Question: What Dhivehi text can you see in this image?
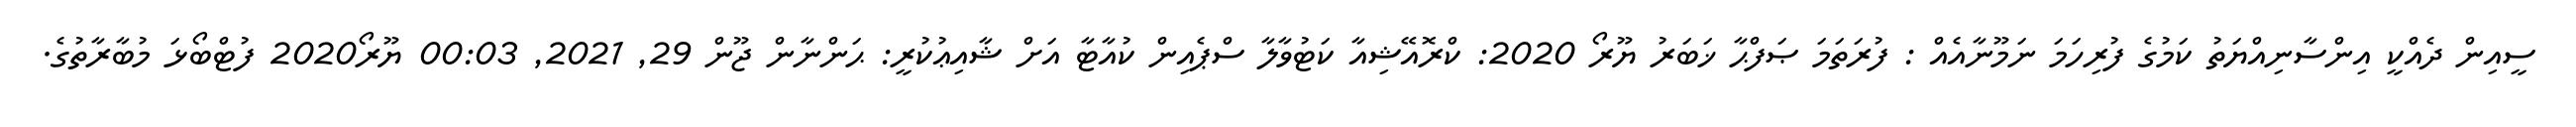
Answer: ސީއިން ދެއްކީ އިންސާނިއްޔަތު ކަމުގެ ފުރިހަމަ ނަމޫނާއެއް : ފުރަތަމަ ޞަފްޙާ ޚަބަރު ޔޫރޯ 2020: ކްރޮއޭޝިއާ ކަޓުވާލާ ސްޕެއިން ކުއާޓާ އަށް ޝާއިޢުކުރީ: ޙަންނާން ޖޫން 29, 2021, 00:03 ޔޫރޯ2020 ފުޓްބޯޅަ މުބާރާތުގެ.